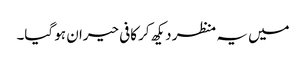
میں یہ منظر دیکھ کر کافی حیران ہو گیا۔